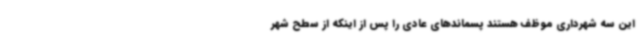
این سه شهرداری موظف هستند پسماندهای عادی را پس از اینکه از سطح شهر